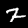
Label: 2